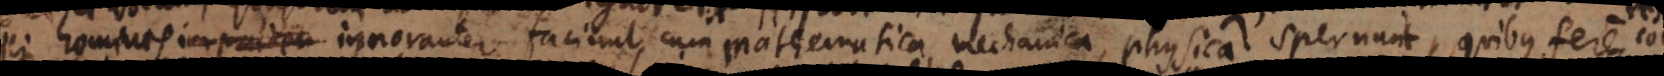
homines impruden ignoranter faciunt, cum mathematica, mechanica, physica spernunt, quibus fere comm